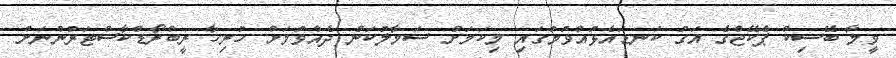
ވީމާ ބޭސިކް ޕެކޭޖްގެ އަގު ކަނޑައެޅުއްވުމުގައި މިކަމަށް ސަމާލުކަން ދެއްވުމަށް ހުރިހާ ރީބްރޯޑްކާސްޓަރުންނަށް